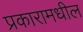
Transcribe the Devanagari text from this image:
प्रकारामधील